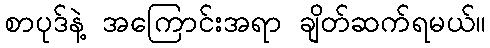
စာပုဒ်နဲ့ အကြောင်းအရာ ချိတ်ဆက်ရမယ်။